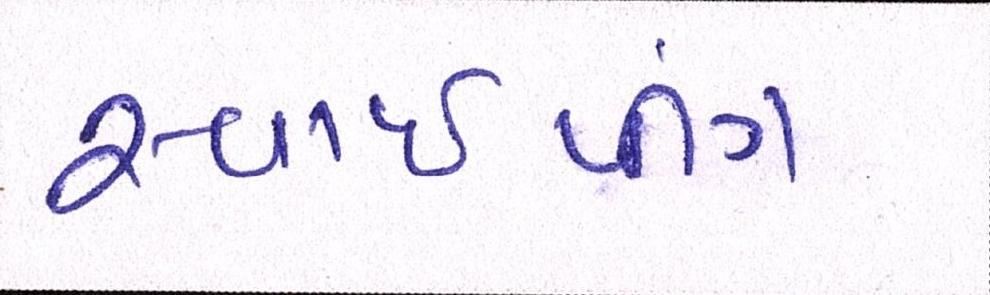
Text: સ્વાઈપીંગ